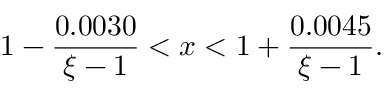
1 - { \frac { 0 . 0 0 3 0 } { \xi - 1 } } < x < 1 + { \frac { 0 . 0 0 4 5 } { \xi - 1 } } .